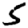
Digit: 5